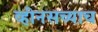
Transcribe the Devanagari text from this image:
व्हीनसच्याच